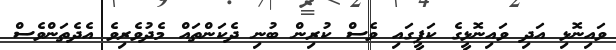
ވައިނޮޅި އަދި ވައިނޮޅީގެ ކަފީގައި ވެސް ކުރިން ބުނި ދެކަންތައް މެދުވެރިވެ އެދެތަންވެސް